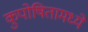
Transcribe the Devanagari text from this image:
कुपोषितामध्ये